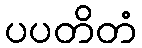
ပပတိတံ